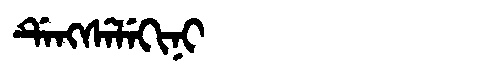
Manchu: ᡩᡝᠩᠰᡝᠯᡝᡴᡳᠨᡳ
Romanization: DENGSELEKINI